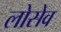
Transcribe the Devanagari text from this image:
लोसेव